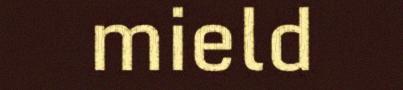
mield